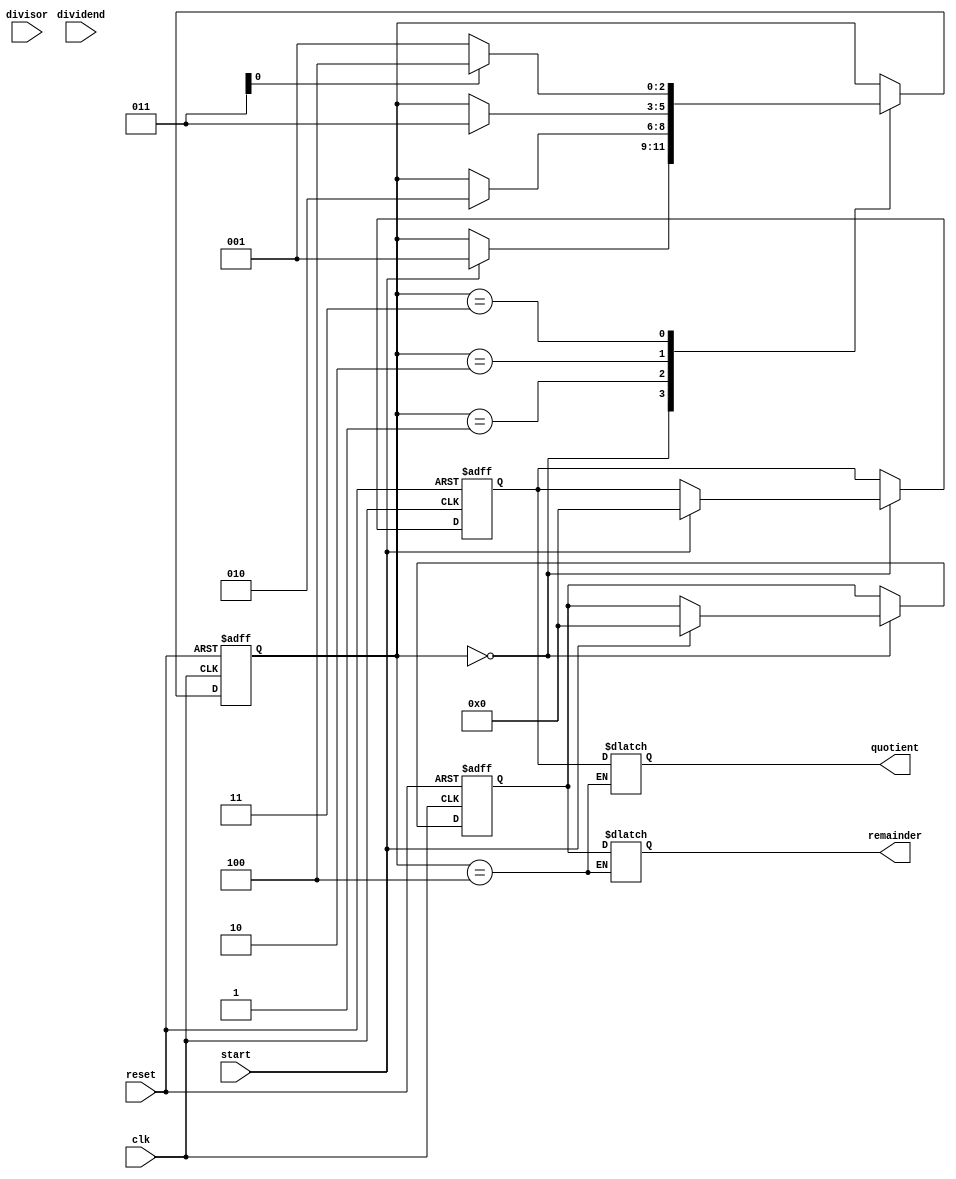
module Restoring_Divider (
    input wire clk,
    input wire reset,
    input wire start,
    input wire [7:0] dividend,
    input wire [7:0] divisor,
    output reg [7:0] quotient,
    output reg [7:0] remainder
);

reg [7:0] dividend_reg;
reg [7:0] divisor_reg;
reg [7:0] quotient_reg;
reg [7:0] remainder_reg;
reg [2:0] state;

always @(posedge clk or posedge reset) begin
    if (reset) begin
        state <= 0;
        dividend_reg <= 0;
        divisor_reg <= 0;
        quotient_reg <= 0;
        remainder_reg <= 0;
    end else begin
        case (state)
            0: begin
                if (start) begin
                    state <= 1;
                    dividend_reg <= dividend;
                    divisor_reg <= divisor;
                    quotient_reg <= 0;
                    remainder_reg <= 0;
                end
            end
            1: begin
                // Subtraction operation
                // Code for subtractor unit goes here
                if (subtraction_done) begin
                    state <= 2;
                end
            end
            2: begin
                // Shift operation
                // Code for shift operation goes here
                if (shift_done) begin
                    state <= 3;
                end
            end
            3: begin
                // Update quotient and remainder
                // Code for updating quotient and remainder goes here
                state <= result_ready ? 4 : 1;
            end
            4: begin
                // Result ready
            end
        endcase
    end
end

always @(*) begin
    case (state)
        0: begin
            // Initialization state
        end
        1: begin
            // Subtraction state
        end
        2: begin
            // Shift state
        end
        3: begin
            // Update quotient and remainder state
        end
        4: begin
            // Result ready state
            quotient <= quotient_reg;
            remainder <= remainder_reg;
        end
    endcase
end

endmodule